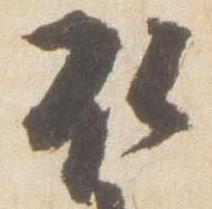
取